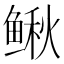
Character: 鳅